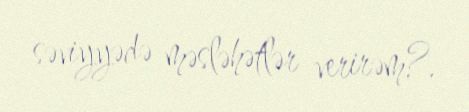
səviyyədə məsləhətlər verirəm?.